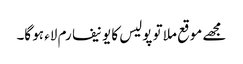
مجھے موقع ملا تو پولیس کا یونیفارم لاء ہو گا۔